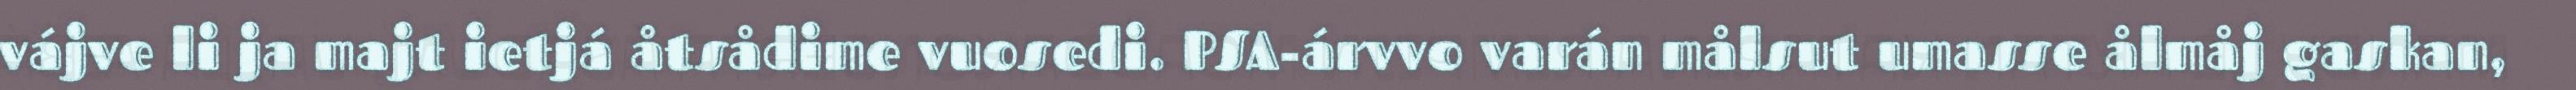
vájve li ja majt ietjá åtsådime vuosedi. PSA-árvvo varán målsut umasse ålmåj gaskan,